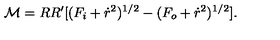
{ \cal M } = R R ^ { \prime } [ ( F _ { i } + \dot { r } ^ { 2 } ) ^ { 1 / 2 } - ( F _ { o } + \dot { r } ^ { 2 } ) ^ { 1 / 2 } ] .